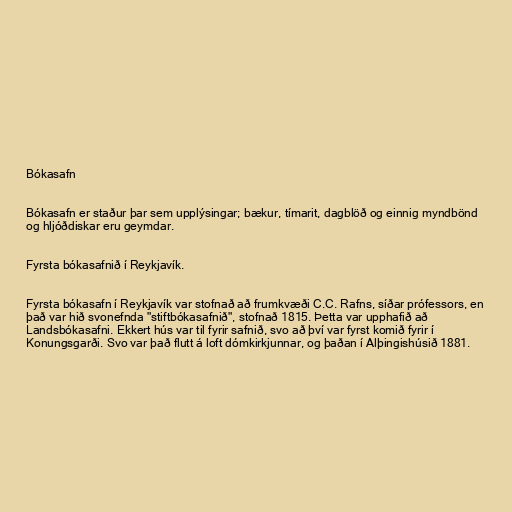
Bókasafn

Bókasafn er staður þar sem upplýsingar; bækur, tímarit, dagblöð og einnig myndbönd
og hljóðdiskar eru geymdar.

Fyrsta bókasafnið í Reykjavík.

Fyrsta bókasafn í Reykjavík var stofnað að frumkvæði C.C. Rafns, síðar prófessors, en
það var hið svonefnda "stiftbókasafnið", stofnað 1815. Þetta var upphafið að
Landsbókasafni. Ekkert hús var til fyrir safnið, svo að því var fyrst komið fyrir í
Konungsgarði. Svo var það flutt á loft dómkirkjunnar, og þaðan í Alþingishúsið 1881.